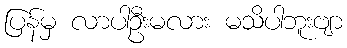
ပြန်မှ လာပါဦးမလား မသိပါဘူးဗျာ